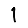
Digit: 1